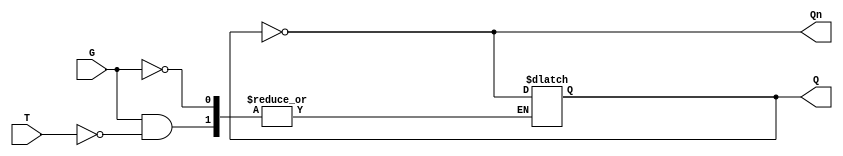
module Gated_T_Latch (
    input wire T,      // Toggle input
    input wire G,      // Gate/Enable signal
    output reg Q,      // Output
    output wire Qn     // Complement of Output
);

    assign Qn = ~Q; // Complement of Q

    always @(G or T) begin
        if (G) begin
            if (T) begin
                Q <= ~Q; // Toggle state
            end
            // If T is 0, Q remains unchanged (hold state)
        end
        // If G is 0, Q remains unchanged (hold state)
    end

endmodule